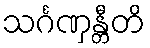
သင်္ဂဏှန္တီတိ